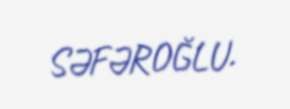
SƏFƏROĞLU.